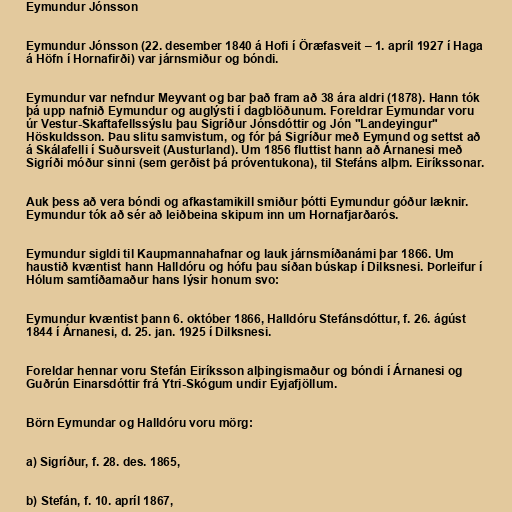
Eymundur Jónsson

Eymundur Jónsson (22. desember 1840 á Hofi í Öræfasveit – 1. apríl 1927 í Haga
á Höfn í Hornafirði) var járnsmiður og bóndi.

Eymundur var nefndur Meyvant og bar það fram að 38 ára aldri (1878). Hann tók
þá upp nafnið Eymundur og auglýsti í dagblöðunum. Foreldrar Eymundar voru
úr Vestur-Skaftafellssýslu þau Sigríður Jónsdóttir og Jón "Landeyingur"
Höskuldsson. Þau slitu samvistum, og fór þá Sigríður með Eymund og settst að
á Skálafelli í Suðursveit (Austurland). Um 1856 fluttist hann að Árnanesi með
Sigríði móður sinni (sem gerðist þá próventukona), til Stefáns alþm. Eiríkssonar.

Auk þess að vera bóndi og afkastamikill smiður þótti Eymundur góður læknir.
Eymundur tók að sér að leiðbeina skipum inn um Hornafjarðarós.

Eymundur sigldi til Kaupmannahafnar og lauk járnsmíðanámi þar 1866. Um
haustið kvæntist hann Halldóru og hófu þau síðan búskap í Dilksnesi. Þorleifur í
Hólum samtíðamaður hans lýsir honum svo:

Eymundur kvæntist þann 6. október 1866, Halldóru Stefánsdóttur, f. 26. ágúst
1844 í Árnanesi, d. 25. jan. 1925 í Dilksnesi.

Foreldar hennar voru Stefán Eiríksson alþingismaður og bóndi í Árnanesi og
Guðrún Einarsdóttir frá Ytri-Skógum undir Eyjafjöllum.

Börn Eymundar og Halldóru voru mörg:

a) Sigríður, f. 28. des. 1865,

b) Stefán, f. 10. apríl 1867,